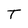
Character: T